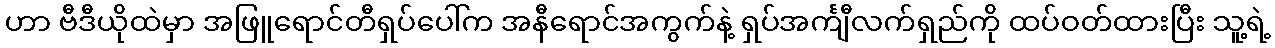
ဟာ ဗီဒီယိုထဲမှာ အဖြူရောင်တီရှပ်ပေါ်က အနီရောင်အကွက်နဲ့ ရှပ်အင်္ကျီလက်ရှည်ကို ထပ်ဝတ်ထားပြီး သူ့ရဲ့